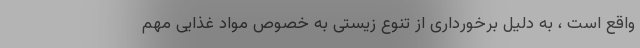
واقع است ، به دلیل برخورداری از تنوع زیستی به خصوص مواد غذایی مهم